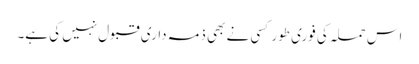
اس حملہ کی فوری طور کسی نے بھی ذمہ داری قبول نہیں کی ہے۔